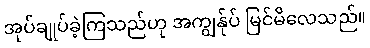
အုပ်ချုပ်ခဲ့ကြသည်ဟု အကျွန်ုပ် မြင်မိလေသည်။